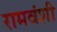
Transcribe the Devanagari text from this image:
रामवंशी